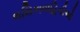
લસિકાવાહિનીઓ